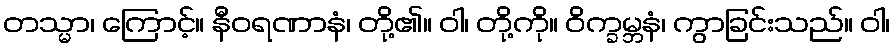
တသ္မာ၊ ကြောင့်။ နီဝရဏာနံ၊ တို့၏။ ဝါ၊ တို့ကို။ ဝိက္ခမ္ဘနံ၊ ကွာခြင်းသည်။ ဝါ၊